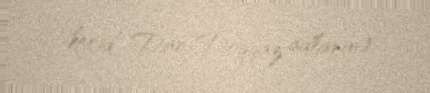
keçid Dar-Doqqaz adlanır).